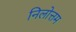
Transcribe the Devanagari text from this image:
निलोत्तम